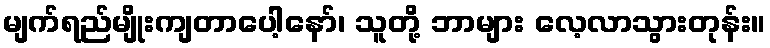
မျက်ရည်မျိုးကျတာပေါ့နော်၊ သူတို့ ဘာများ လေ့လာသွားတုန်း။